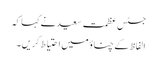
جسٹس عظمت سعید نے کہا کہ
الفاظ کے چناؤ میں احتیاط کریں ۔